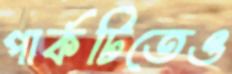
পার্কটিতেও